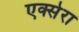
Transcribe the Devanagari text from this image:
एक्सेरा